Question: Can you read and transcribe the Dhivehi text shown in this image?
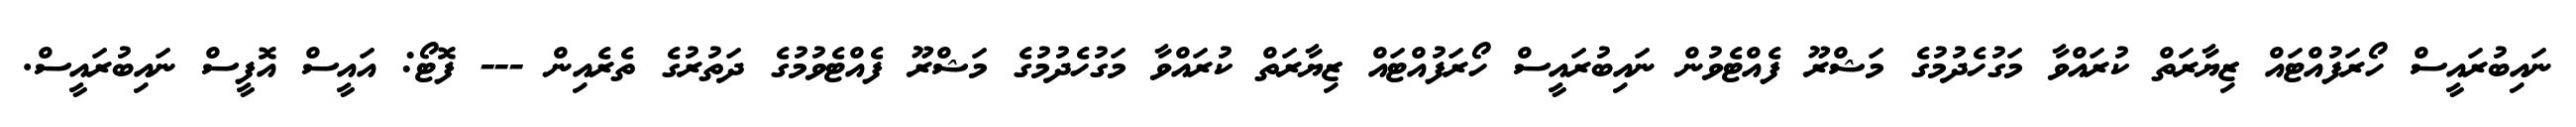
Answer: ނައިބުރައީސް ހޯރަފުއްޓައް ޒިޔާރަތް ކުރައްވާ މަގުހެދުމުގެ މަޝްރޫ ފެއްޓެވުން ނައިބުރައީސް ހޯރަފުއްޓައް ޒިޔާރަތް ކުރައްވާ މަގުހެދުމުގެ މަޝްރޫ ފެއްޓެވުމުގެ ދަތުރުގެ ތެރެއިން --- ފޮޓޯ: އައީސް އޮފީސް ނައިބުރައީސް.